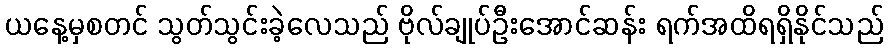
ယနေ့မှစတင် သွတ်သွင်းခဲ့လေသည် ဗိုလ်ချုပ်ဦးအောင်ဆန်း ရက်အထိရရှိနိုင်သည်